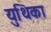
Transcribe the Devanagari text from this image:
युथिका